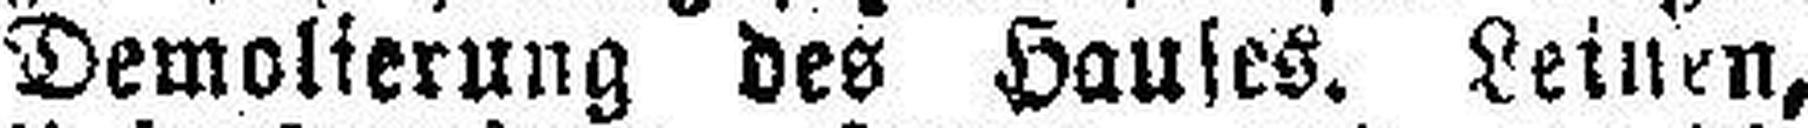
Demolierung des Hauses. Leinen,